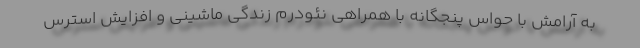
به آرامش با حواس پنجگانه با همراهی نئودرم زندگی ماشینی و افزایش استرس